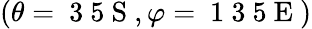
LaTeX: (\theta=\mathrm{~3~5~S~},\varphi=\mathrm{~1~3~5~E~})